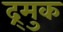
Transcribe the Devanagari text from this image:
द्र्मुक